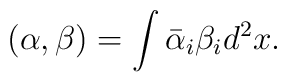
(\alpha, \beta) =  \int \bar{\alpha}_i \beta_i d^2 x .